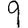
Digit: 9